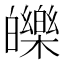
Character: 皪